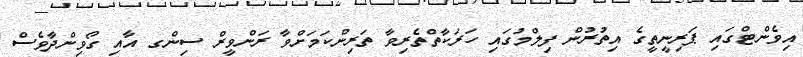
އިވެންޓްގައި ޕަރިނީތީގެ އިތުރުން ފިލްމުގައި ހަރަކާތްތެރިވާ ތަރިންކަމަށްވާ ރަންވީރް ސިންގ އާއި ގޯވިންދާވެސް